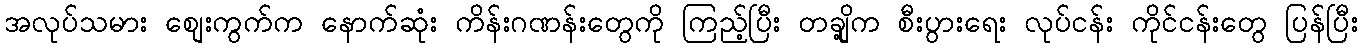
အလုပ်သမား စျေးကွက်က နောက်ဆုံး ကိန်းဂဏန်းတွေကို ကြည့်ပြီး တချို့က စီးပွားရေး လုပ်ငန်း ကိုင်ငန်းတွေ ပြန်ပြီး